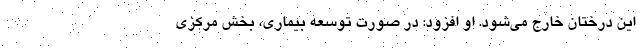
این درختان خارج می‌شود. او افزود: در صورت توسعه بیماری، بخش مرکزی